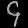
Digit: ၄